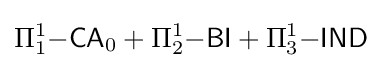
\Pi _{1}^{1}{\mathsf {-CA}}_{0}+\Pi _{2}^{1}{\mathsf {-BI}}+\Pi _{3}^{1}{\mathsf {-IND}}